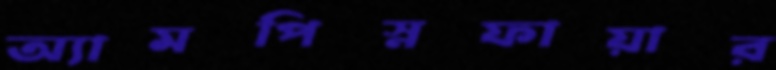
অ্যামপিস্নফায়ার